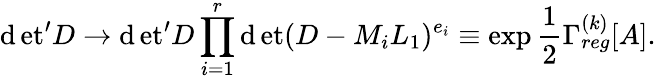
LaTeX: {\operatorname*{\mathrm{d}et}}^{\prime}D\to{\operatorname*{\mathrm{d}et}}^{\prime}D\prod_{i=1}^{r}\operatorname*{\mathrm{d}et}(D-M_{i}L_{1})^{e_{i}}\equiv\exp\frac{{1}}{{2}}\Gamma_{reg}^{(k)}[A].